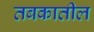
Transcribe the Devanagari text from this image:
तबकातील